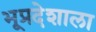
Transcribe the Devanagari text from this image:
भूप्रदेशाला